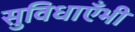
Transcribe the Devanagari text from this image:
सुविधाएँभी